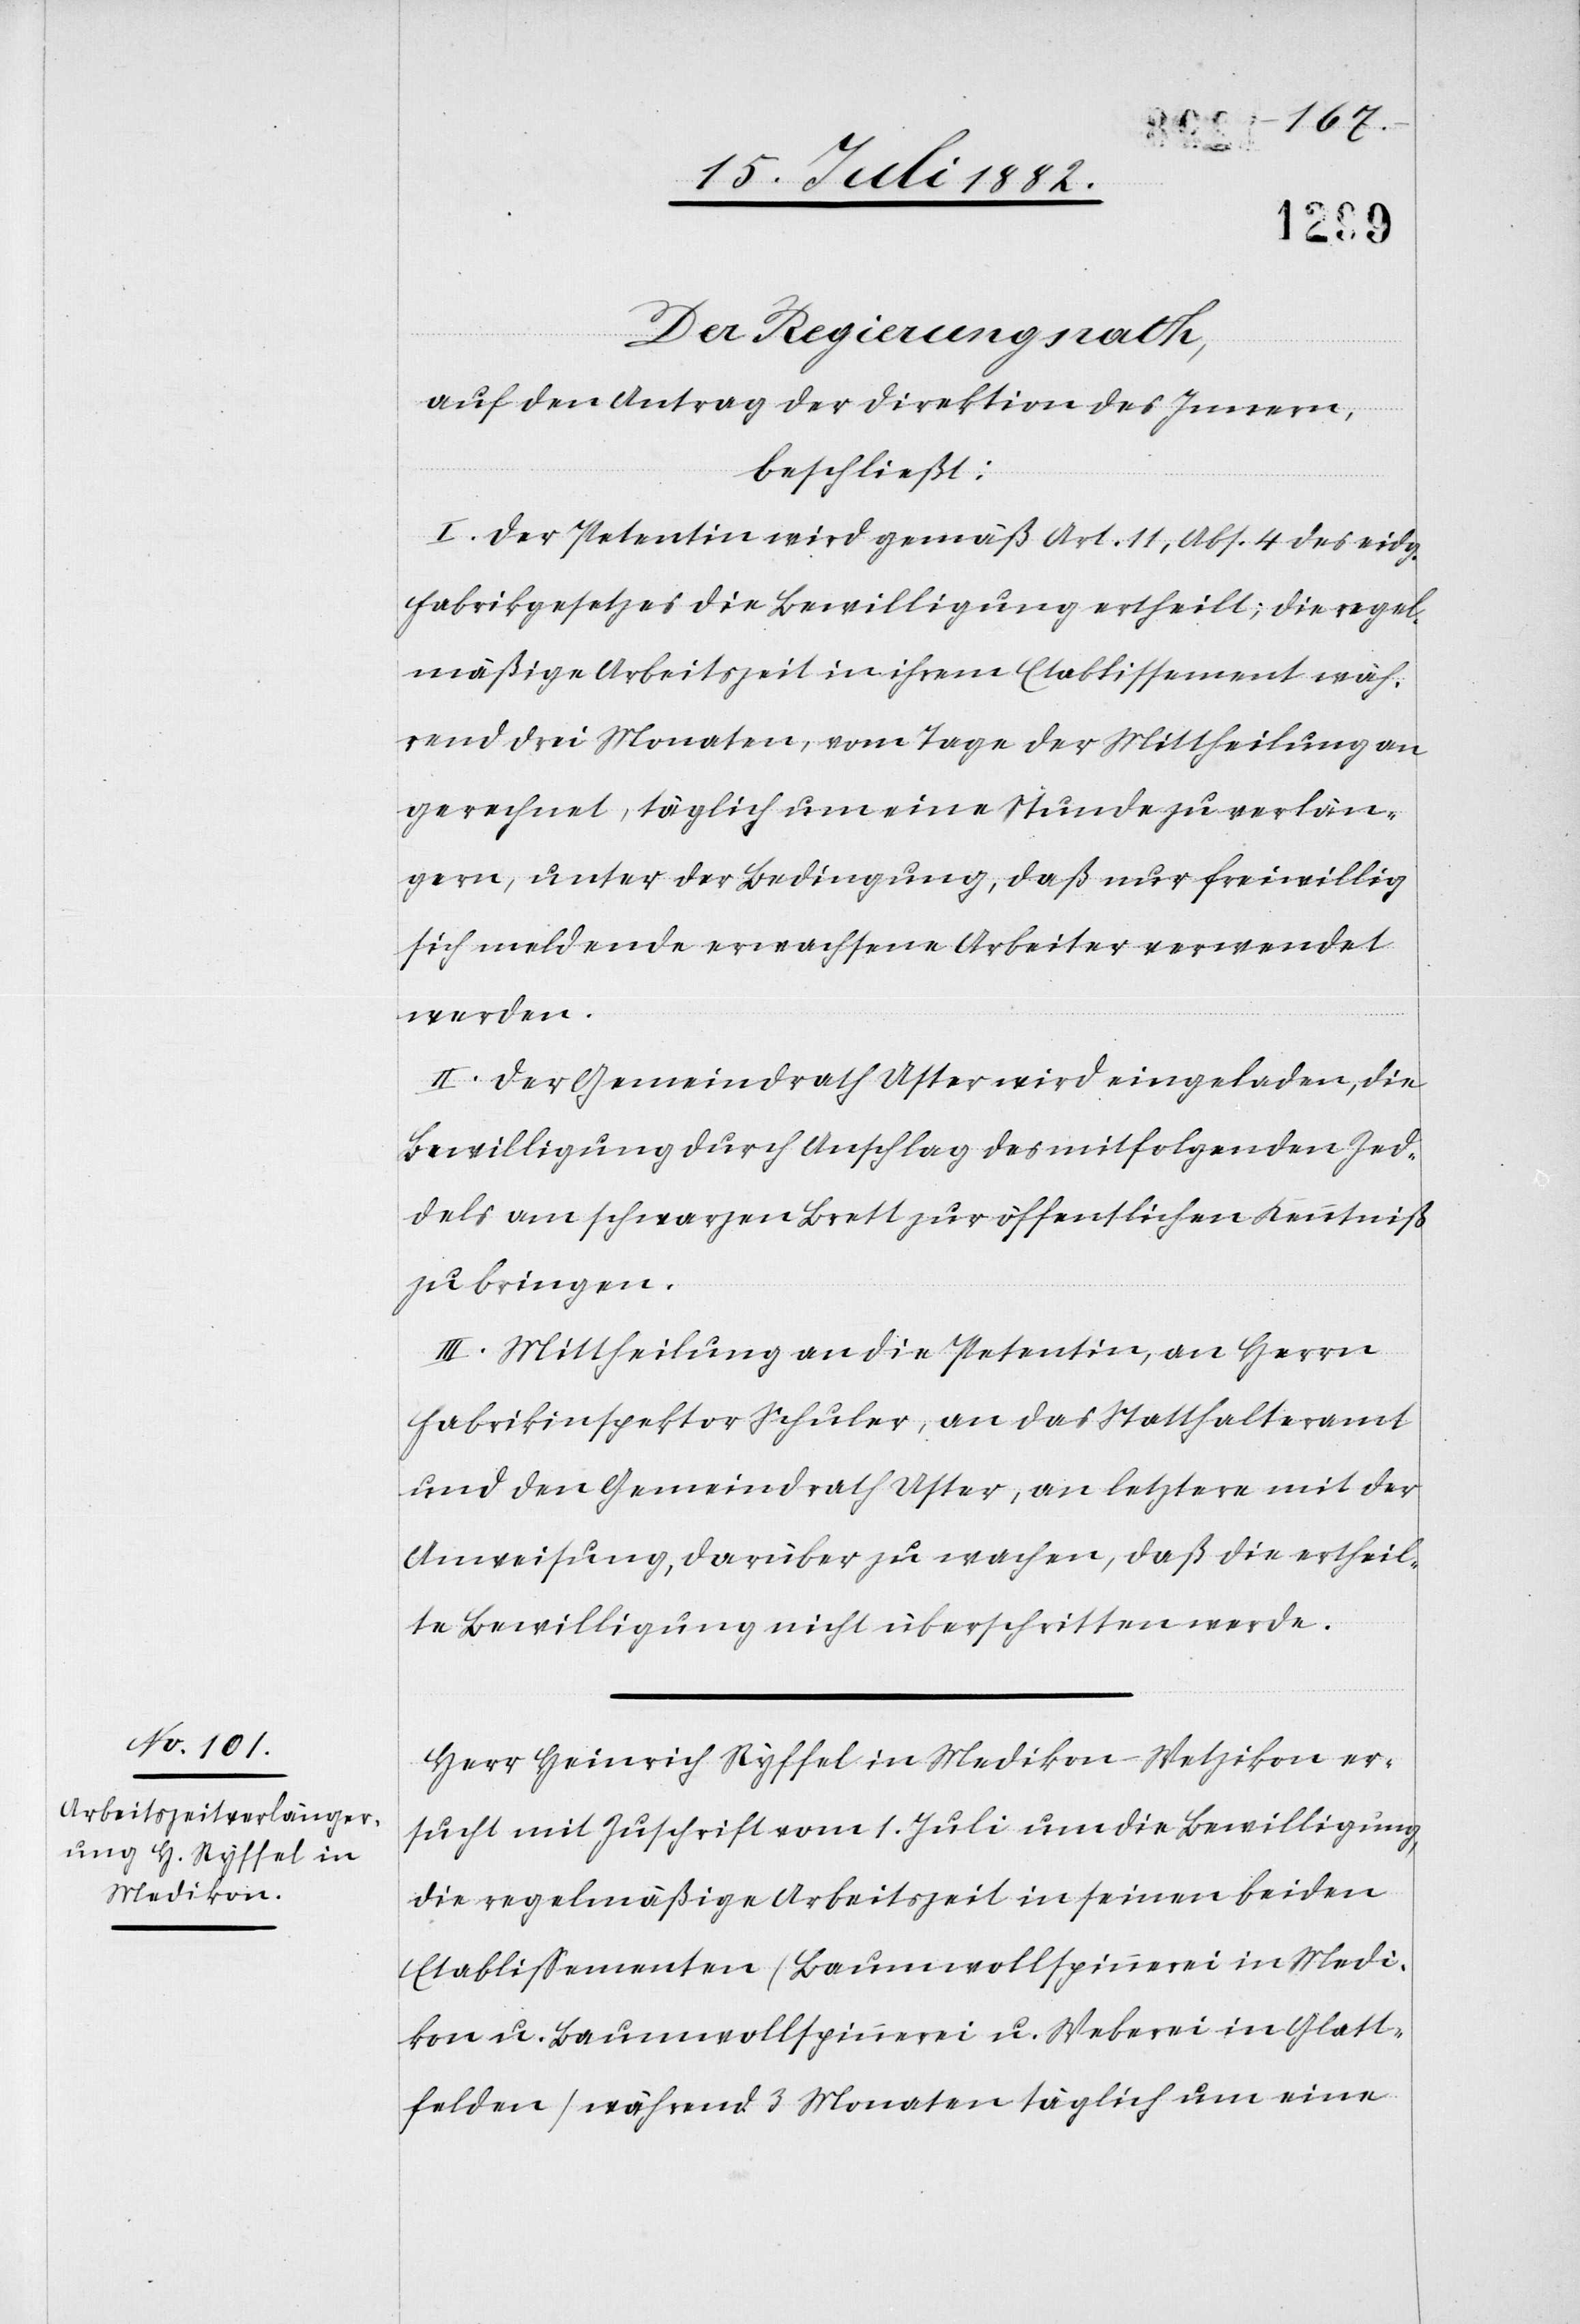
Der Regierungsrath,
auf den Antrag der Direktion des Innern,
beschließt:
I. Der Petentin wird gemäß Art. 11, Abs. 4 des eidg.
Fabrikgesetzes die Bewilligung ertheilt, die regel¬
mäßige Arbeitszeit in ihrem Etablissement wäh¬
rend drei Monaten, vom Tage der Mittheilung an
gerechnet, täglich um eine Stunde zu verlän¬
gern, unter der Bedingung, daß nur freiwillig
sich meldende erwachsene Arbeiter verwendet
werden.
II. Der Gemeindrath Uster wird eingeladen, die
Bewilligung durch Anschlag des mitfolgenden Zed¬
dels am schwarzen Brett zur öffentlichen Kenntniß
zu bringen.
III. Mittheilung an die Petentin, an Herrn
Fabrikinspektor Schuler, an das Statthalteramt
und den Gemeindrath Uster, an letztere mit der
Anweisung, darüber zu wachen, daß die ertheil¬
te Bewilligung nicht überschritten werde.
Herr Heinrich Ryffel in Medikon - Wetzikon er¬
sucht mit Zuschrift vom 1. Juli um die Bewilligung,
die regelmäßige Arbeitszeit in seinen beiden
Etablissementen (Baumwollspinnerei in Medi¬
kon u. Baumwollspinnerei u. Weberei in Glatt¬
felden) während 3 Monaten täglich um eine